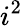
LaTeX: i^{2}